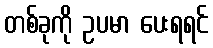
တစ်ခုကို ဥပမာ ပေးရရင်